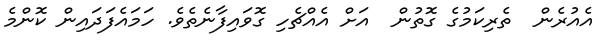
އެއުރެން  ތެރިކަމުގެ ގޮތުން  އަށް އެއްޗެހި ގޮވައިފާނެތެވެ. ހަމައެފަދައިން ކޮންމެ